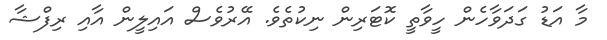
މާ އަޑު ގަދަވާހެން ހީވާތީ ކޮޓަރިން ނިކުތެވެ. އޭރުވެސް އައިލީން އާއި ރިފްޝާ